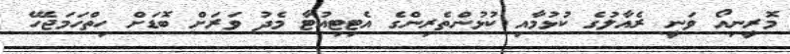
މޮރީނިއޯ ވަނީ ރެއާލުގެ ކުޅުމާއި ކުޅުންތެރިންގެ އެޓިޓިއުޓާ މެދު ވަރަށް ބޮޑަށް ހިތްހަމަޖެހޭ